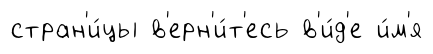
стран'и́цы в'ерн'и́т'есь в'и́д'е и́м'я